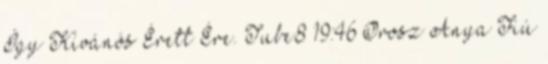
Így Kívánós Érett Ére. Tube8 19:46 Orosz Anya Fiú